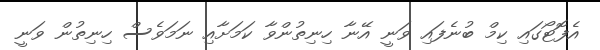
އެފޮޓޯގައި ކިމް ބުނެފައި ވަނީ އޭނާ ހިނިތުންވާ ކަމަށާއި ނަމަވެސް ހިނިތުން ވަނީ